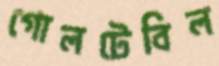
গোলটেবিল